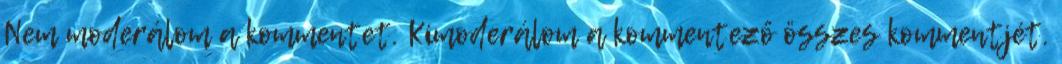
Nem moderálom a kommentet. Kimoderálom a kommentező összes kommentjét.